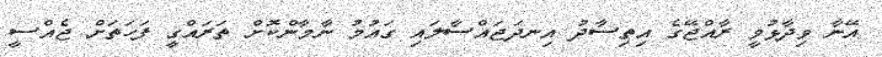
އޭނާ ވިދާޅުވީ ރާއްޖޭގެ އިތިސާދު އިނދަޖައްސާލައި ގައުމު ނާމާންކޮށް ތަރައްގީ ފަހަތަށް ޖެއްސީ